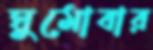
ঘুমোবার